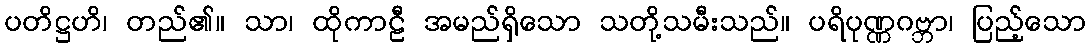
ပတိဋ္ဌဟိ၊ တည်၏။ သာ၊ ထိုကာဠီ အမည်ရှိသော သတို့သမီးသည်။ ပရိပုဏ္ဏဂဗ္ဘာ၊ ပြည့်သော